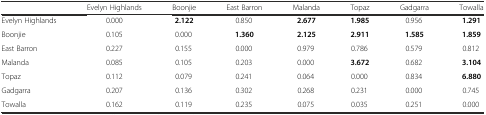
<table><thead><tr><td></td><td><b>Evelyn Highlands</b></td><td><b>Boonjie</b></td><td><b>East Barron</b></td><td><b>Malanda</b></td><td><b>Topaz</b></td><td><b>Gadgarra</b></td><td><b>Towalla</b></td></tr></thead><tbody><tr><td>Evelyn Highlands</td><td>0.000</td><td><b>2.122</b></td><td>0.850</td><td><b>2.677</b></td><td><b>1.985</b></td><td>0.956</td><td><b>1.291</b></td></tr><tr><td>Boonjie</td><td>0.105</td><td>0.000</td><td><b>1.360</b></td><td><b>2.125</b></td><td><b>2.911</b></td><td><b>1.585</b></td><td><b>1.859</b></td></tr><tr><td>East Barron</td><td>0.227</td><td>0.155</td><td>0.000</td><td>0.979</td><td>0.786</td><td>0.579</td><td>0.812</td></tr><tr><td>Malanda</td><td>0.085</td><td>0.105</td><td>0.203</td><td>0.000</td><td><b>3.672</b></td><td>0.682</td><td><b>3.104</b></td></tr><tr><td>Topaz</td><td>0.112</td><td>0.079</td><td>0.241</td><td>0.064</td><td>0.000</td><td>0.834</td><td><b>6.880</b></td></tr><tr><td>Gadgarra</td><td>0.207</td><td>0.136</td><td>0.302</td><td>0.268</td><td>0.231</td><td>0.000</td><td>0.745</td></tr><tr><td>Towalla</td><td>0.162</td><td>0.119</td><td>0.235</td><td>0.075</td><td>0.035</td><td>0.251</td><td>0.000</td></tr></tbody></table>